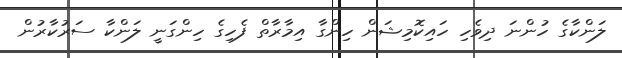
ލަންކާގެ ހުންނަ ދިވެހި ހައިކޮމިޝަން ހިންގާ އިމާރާތް ފެހިގެ ހިންގަނީ ލަންކާ ސަރުކާރުން